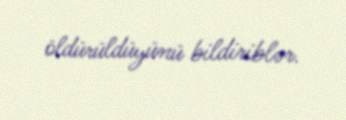
öldürüldüyünü bildiriblər.